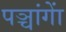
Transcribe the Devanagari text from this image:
पञ्चांगाें